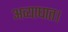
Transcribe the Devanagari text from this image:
अव्याघात।